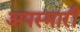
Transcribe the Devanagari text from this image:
अपस्मारी